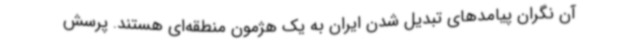
آن نگران پیامدهای تبدیل شدن ایران به یک هژمون منطقه‌ای هستند. پرسش